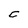
Character: C